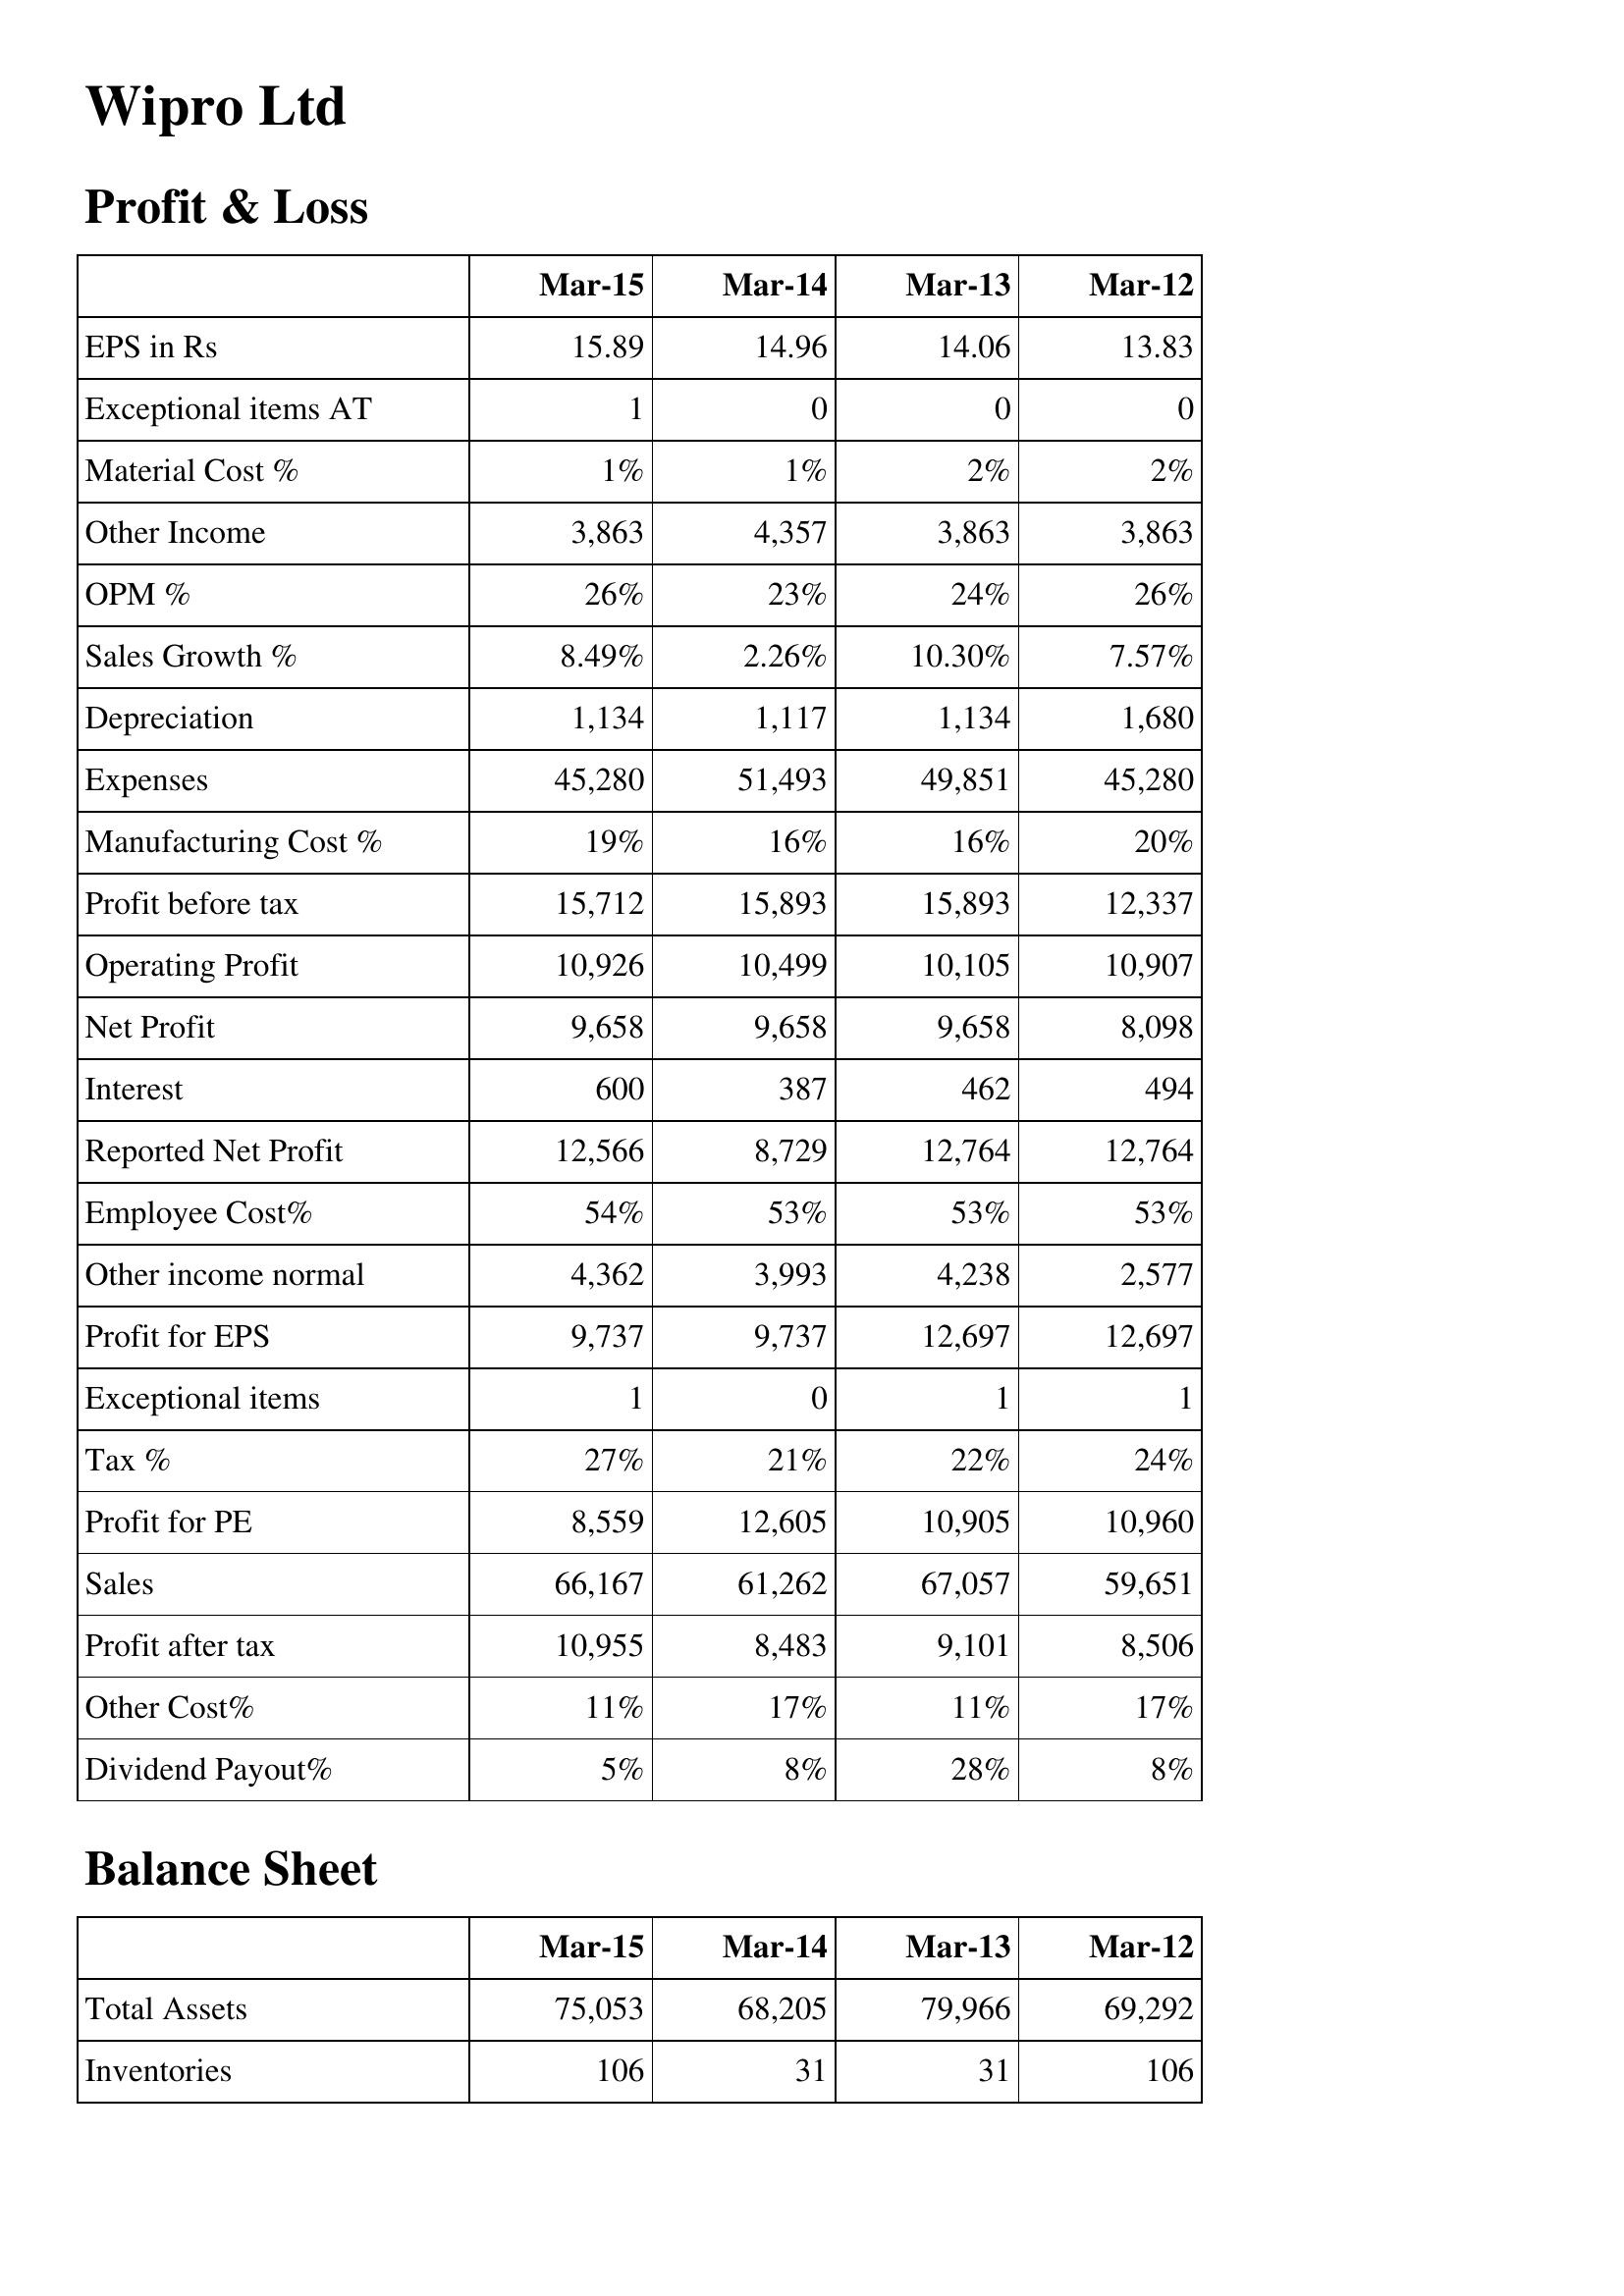
Mar-15: Profit & Loss: EPS in Rs: 15.89
Exceptional items AT: 1
Material Cost %: 1%
Other Income: 3,863
OPM %: 26%
Sales Growth %: 8.49%
Depreciation: 1,134
Expenses: 45,280
Manufacturing Cost %: 19%
Profit before tax: 15,712
Operating Profit: 10,926
Net Profit: 9,658
Interest: 600
Reported Net Profit: 12,566
Employee Cost%: 54%
Other income normal: 4,362
Profit for EPS: 9,737
Exceptional items: 1
Tax %: 27%
Profit for PE: 8,559
Sales: 66,167
Profit after tax: 10,955
Other Cost%: 11%
Dividend Payout%: 5%
Balance Sheet: Total Assets: 75,053
Inventories: 106
Mar-14: Profit & Loss: EPS in Rs: 14.96
Exceptional items AT: 0
Material Cost %: 1%
Other Income: 4,357
OPM %: 23%
Sales Growth %: 2.26%
Depreciation: 1,117
Expenses: 51,493
Manufacturing Cost %: 16%
Profit before tax: 15,893
Operating Profit: 10,499
Net Profit: 9,658
Interest: 387
Reported Net Profit: 8,729
Employee Cost%: 53%
Other income normal: 3,993
Profit for EPS: 9,737
Exceptional items: 0
Tax %: 21%
Profit for PE: 12,605
Sales: 61,262
Profit after tax: 8,483
Other Cost%: 17%
Dividend Payout%: 8%
Balance Sheet: Total Assets: 68,205
Inventories: 31
Mar-13: Profit & Loss: EPS in Rs: 14.06
Exceptional items AT: 0
Material Cost %: 2%
Other Income: 3,863
OPM %: 24%
Sales Growth %: 10.30%
Depreciation: 1,134
Expenses: 49,851
Manufacturing Cost %: 16%
Profit before tax: 15,893
Operating Profit: 10,105
Net Profit: 9,658
Interest: 462
Reported Net Profit: 12,764
Employee Cost%: 53%
Other income normal: 4,238
Profit for EPS: 12,697
Exceptional items: 1
Tax %: 22%
Profit for PE: 10,905
Sales: 67,057
Profit after tax: 9,101
Other Cost%: 11%
Dividend Payout%: 28%
Balance Sheet: Total Assets: 79,966
Inventories: 31
Mar-12: Profit & Loss: EPS in Rs: 13.83
Exceptional items AT: 0
Material Cost %: 2%
Other Income: 3,863
OPM %: 26%
Sales Growth %: 7.57%
Depreciation: 1,680
Expenses: 45,280
Manufacturing Cost %: 20%
Profit before tax: 12,337
Operating Profit: 10,907
Net Profit: 8,098
Interest: 494
Reported Net Profit: 12,764
Employee Cost%: 53%
Other income normal: 2,577
Profit for EPS: 12,697
Exceptional items: 1
Tax %: 24%
Profit for PE: 10,960
Sales: 59,651
Profit after tax: 8,506
Other Cost%: 17%
Dividend Payout%: 8%
Balance Sheet: Total Assets: 69,292
Inventories: 106